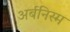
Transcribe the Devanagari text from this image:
अर्बनिस्म